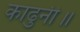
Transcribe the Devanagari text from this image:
काढुनी॥